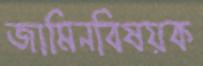
জামিনবিষয়ক